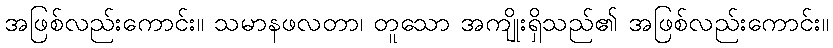
အဖြစ်လည်းကောင်း။ သမာနဖလတာ၊ တူသော အကျိုးရှိသည်၏ အဖြစ်လည်းကောင်း။